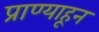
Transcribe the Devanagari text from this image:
प्राण्याहून